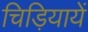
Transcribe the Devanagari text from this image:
चिड़ियायें